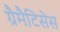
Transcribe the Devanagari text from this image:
ग्रैमैटिसेस